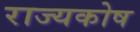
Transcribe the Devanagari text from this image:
राज्‍यकोष